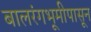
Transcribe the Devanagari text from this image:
बालरंगभूमीपासून